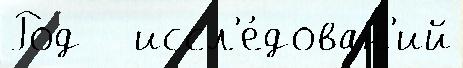
Род   иссл'е́дован'ий